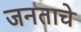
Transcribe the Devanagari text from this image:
जनताचे